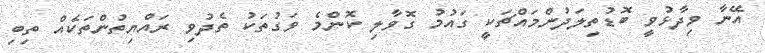
އޭނާ ވިދާޅުވީ ބޮޑުތިލަދުންމައްޗަކީ ގައުމު ގޮވާލި ކޮންމެ ވަގުތަކު ތެދުވި ރައްޔިތުންތަކެއް ތިބި